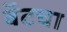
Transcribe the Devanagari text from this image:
बॅटचा